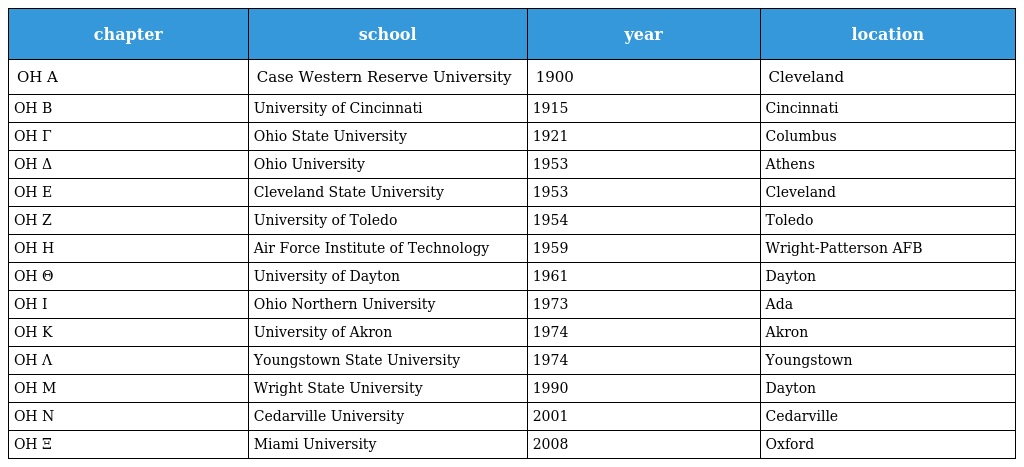
| chapter | school | year | location |
 | --- | --- | --- | --- |
 | OH Α | Case Western Reserve University | 1900 | Cleveland |
 | OH Β | University of Cincinnati | 1915 | Cincinnati |
 | OH Γ | Ohio State University | 1921 | Columbus |
 | OH Δ | Ohio University | 1953 | Athens |
 | OH Ε | Cleveland State University | 1953 | Cleveland |
 | OH Ζ | University of Toledo | 1954 | Toledo |
 | OH Η | Air Force Institute of Technology | 1959 | Wright-Patterson AFB |
 | OH Θ | University of Dayton | 1961 | Dayton |
 | OH Ι | Ohio Northern University | 1973 | Ada |
 | OH Κ | University of Akron | 1974 | Akron |
 | OH Λ | Youngstown State University | 1974 | Youngstown |
 | OH Μ | Wright State University | 1990 | Dayton |
 | OH Ν | Cedarville University | 2001 | Cedarville |
 | OH Ξ | Miami University | 2008 | Oxford |